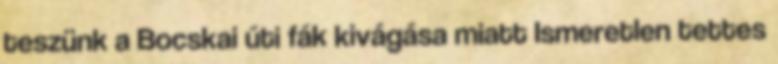
teszünk a Bocskai úti fák kivágása miatt Ismeretlen tettes